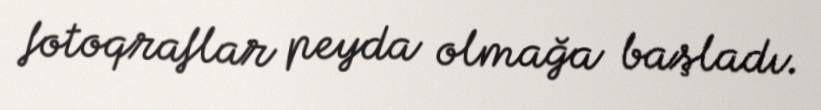
fotoqraflar peyda olmağa başladı.